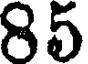
85